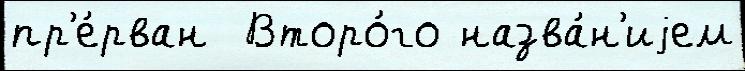
пр'е́рван  Второ́го назва́н'иjем